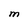
Character: M